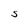
Character: S